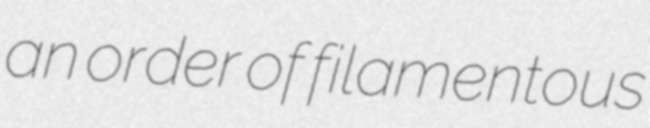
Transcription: an order of filamentous